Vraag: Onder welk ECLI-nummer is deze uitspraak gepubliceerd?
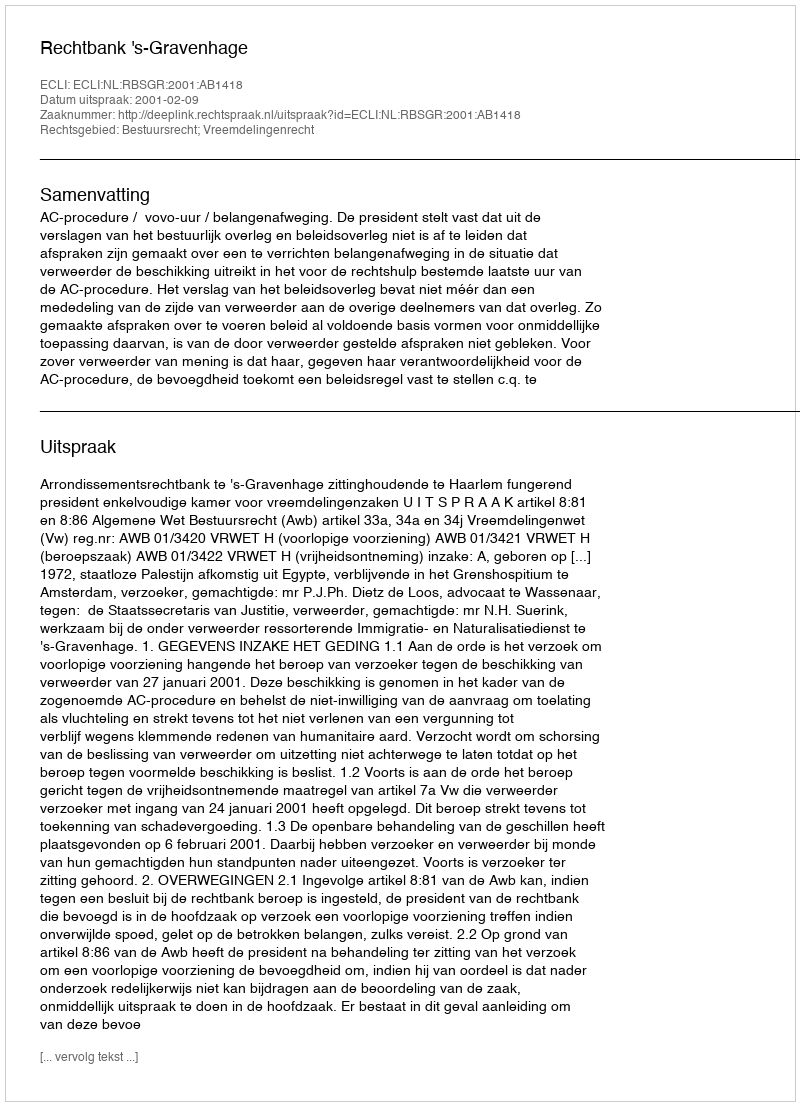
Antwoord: ECLI:NL:RBSGR:2001:AB1418